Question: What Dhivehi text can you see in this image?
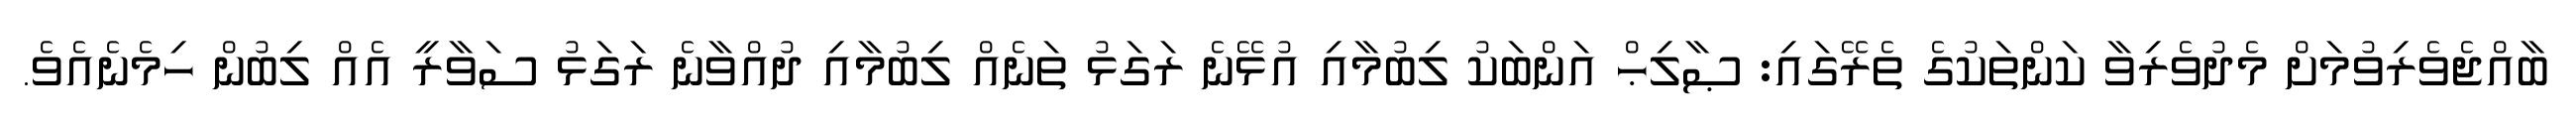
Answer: ބާއްޖެވެރިވުމަށް މެދުވެރިވާ ކަންތަކުގެ ތެރޭގައި: ޞާލިޙް އަންބަކު ލިބުމާއި އުޅޭނެ ރަގަޅު ތަނެއް ލިބުމާއި ދުއްވާނެ ރަގަޅު ސަވާރީ އެއް ލިބުން ހިމެނެއެވެ.